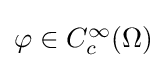
{\textstyle \varphi \in C_{c}^{\infty }(\Omega )}